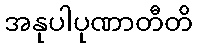
အနုပါပုဏာတီတိ